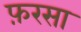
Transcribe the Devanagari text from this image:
फ़रसा